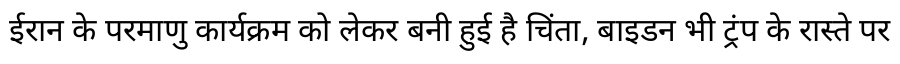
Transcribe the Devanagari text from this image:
ईरान के परमाणु कार्यक्रम को लेकर बनी हुई है चिंता, बाइडन भी ट्रंप के रास्ते पर